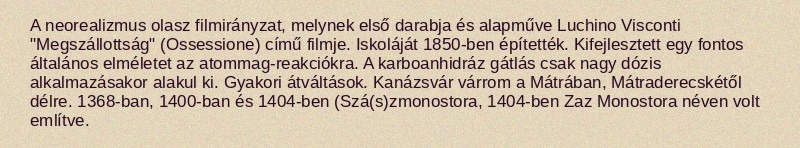
A neorealizmus olasz filmirányzat, melynek első darabja és alapműve Luchino Visconti "Megszállottság" (Ossessione) című filmje. Iskoláját 1850-ben építették. Kifejlesztett egy fontos általános elméletet az atommag-reakciókra. A karboanhidráz gátlás csak nagy dózis alkalmazásakor alakul ki. Gyakori átváltások. Kanázsvár várrom a Mátrában, Mátraderecskétől délre. 1368-ban, 1400-ban és 1404-ben (Szá(s)zmonostora, 1404-ben Zaz Monostora néven volt említve.